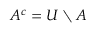
A ^ { c } = U \setminus A